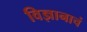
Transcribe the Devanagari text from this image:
विज्ञानाचं